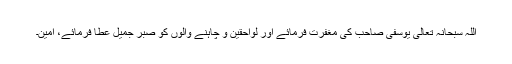
اللہ سبحانہ تعالی یوسفی صاحب کی مغفرت فرمائے اور لواحقین و چاہنے والوں کو صبر جمیل عطا فرمائے، آمین۔